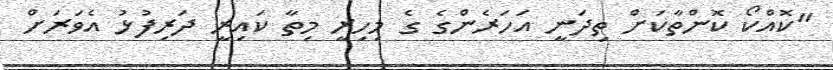
"ކޮއްކޯ ކޮންތާކަށް ތިދަނީ އަހަރެންގެ ގެ މިހިރީ މިތާ ކައިރީ ދަރިފުޅު އެވަރަށް